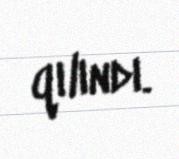
qılındı.